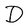
Character: D